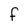
Character: F